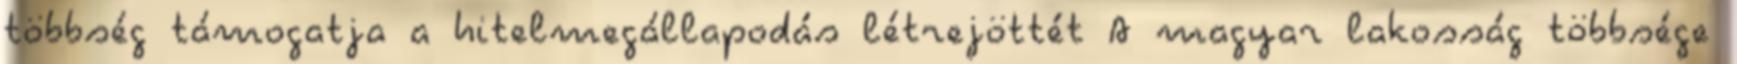
többség támogatja a hitelmegállapodás létrejöttét A magyar lakosság többsége